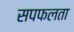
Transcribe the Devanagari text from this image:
सपफलता